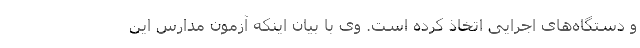
و دستگاه‌های اجرایی اتخاذ کرده است. وی با بیان اینکه آزمون مدارس این